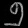
Digit: ၅